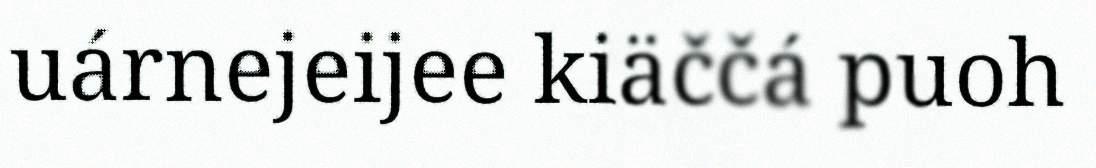
uárnejeijee kiäččá puoh